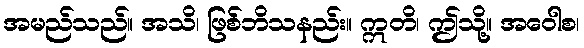
အမည်သည်။ အသိ၊ ဖြစ်ဘိသနည်း။ ဣတိ၊ ဤသို့။ အဝေါစ၊